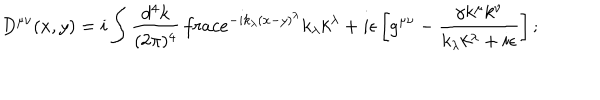
LaTeX: D ^ { \mu \nu } ( x , y ) = i \int \frac { d ^ { 4 } k } { ( 2 \pi ) ^ { 4 } } \, \frac { e ^ { - i k _ { \lambda } ( x - y ) ^ { \lambda } } } { k _ { \lambda } k ^ { \lambda } + i \epsilon } \left[ g ^ { \mu \nu } - \frac { \gamma k ^ { \mu } k ^ { \nu } } { k _ { \lambda } k ^ { \lambda } + i \epsilon } \right] ;